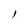
Character: l